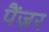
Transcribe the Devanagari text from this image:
पैंज़र